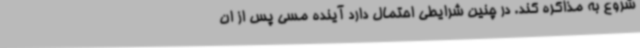
شروع به مذاکره کند. در چنین شرایطی احتمال دارد آینده مسی پس از ان